Insane asylums Bombay 1873-77 - 1873-1877
Year: 1873
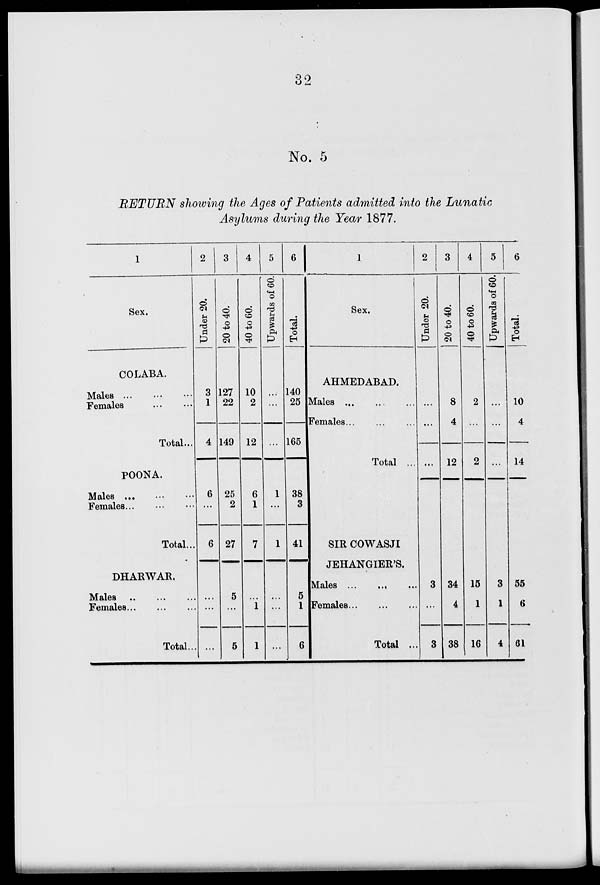
32
No. 5
RETURN showing the Ages of Patients admitted into the Lunatic
Asylums during the Year 1877.
1
Sex.
COLABA.
Males
...
...
...
Females
...
...
Total ...
POONA.
Males
...
...
...
Females ... ... ...
Total ...
DHARWAR.
Males
...
...
...
Females ... ... ...
Total ...
2
Under 20.
3
1
4
6
...
6
...
...
...
3
20 to 40.
127
22
149
25
2
27
5
...
5
4
40 to 60.
10
2
12
6
1
7
...
1
1
5
Upwards of 60.
...
...
...
1
...
1
...
...
...
6
Total.
140
25
165
38
3
41
5
1
6
1
Sex.
AHMEDABAD.
Males ... ... ...
Females ... ... ...
Total ...
SIR COWASJI
JEHANGIER'S.
Males
...
...
...
Females ... ... ...
Total ...
2
Under 20.
...
...
...
3
...
3
3
20 to 40.
8
4
12
34
4
38
4
40 to 60.
2
...
2
15
1
16
5
Upwards of 60.
...
...
...
3
1
4
6
Total.
10
4
14
55
6
61